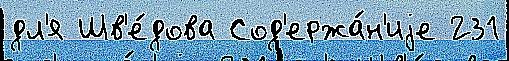
дл'я Шв'е́дова Сод'ержа́н'иjе 231